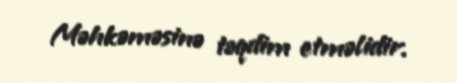
Məhkəməsinə təqdim etməlidir.